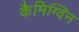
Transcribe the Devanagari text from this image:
कैमिग्विन